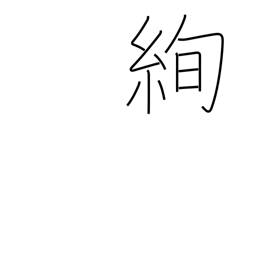
Meaning: brilliant fabric design